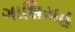
ગાશિયહ